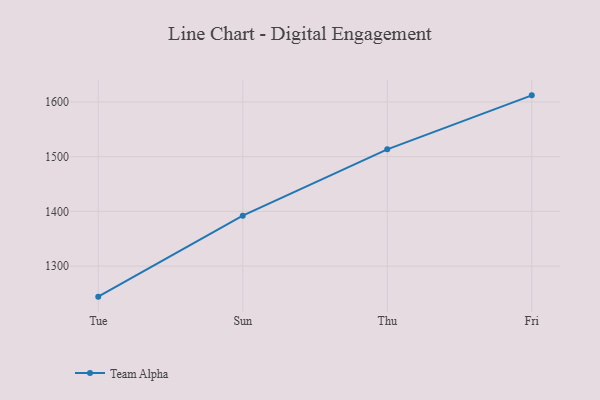
{"axis": {"x": "Day", "y": "Humidity (%)"}, "legend": ["Team Alpha"], "data": [{"x": "Tue", "y": 1244.3, "type": "Team Alpha"}, {"x": "Sun", "y": 1392.2, "type": "Team Alpha"}, {"x": "Thu", "y": 1513.3, "type": "Team Alpha"}, {"x": "Fri", "y": 1611.9, "type": "Team Alpha"}]}